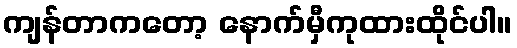
ကျန်တာကတော့ နောက်မှီကုထားထိုင်ပါ။